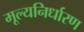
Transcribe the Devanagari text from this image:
मूल्यनिर्धारण